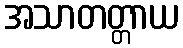
အသာတတ္တာယ